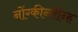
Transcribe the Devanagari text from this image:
नोंग्कीनरीन्ह